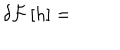
\delta { \cal F } \left[ h \right] =